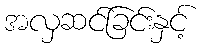
အလှဆင်ခြင်းနှင့်